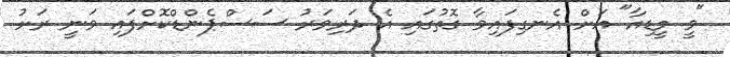
"ވީ މީޑިއާ" އަށް އެނގިފައިވާ ގޮތުގައި އެ ދަރިވަރު ސަސްޕެންޑްކޮށްފައި ވަނީ ރަށު